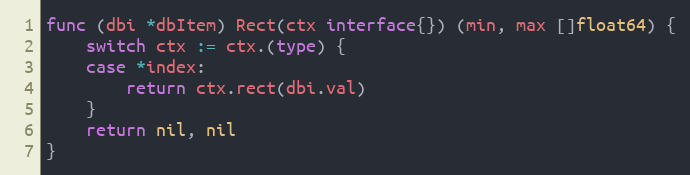
Language: Go
func (dbi *dbItem) Rect(ctx interface{}) (min, max []float64) {
	switch ctx := ctx.(type) {
	case *index:
		return ctx.rect(dbi.val)
	}
	return nil, nil
}